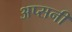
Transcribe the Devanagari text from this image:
अप्सनी